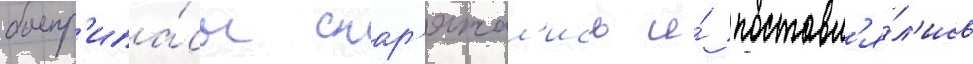
боепр'ипа́сы снар'яжал'ись и́ поставл'я́л'ись